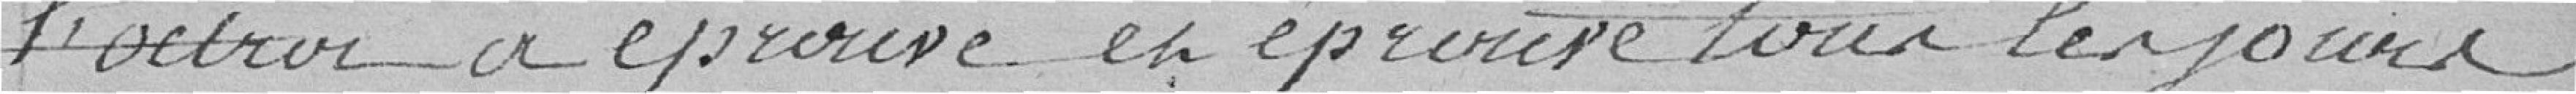
l'octroi a éprouvé et éprouve tous les jours